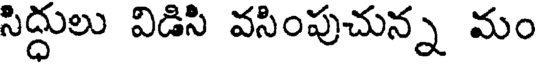
సిద్దులు విడిసి వసింపుచున్న మం